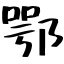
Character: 鄂